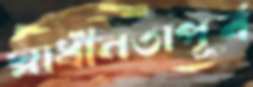
স্বাধীনতাপূর্ব